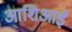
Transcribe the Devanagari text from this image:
आशिआई